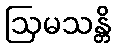
ဩမသန္တိ